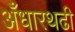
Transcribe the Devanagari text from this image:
अँधारथढी